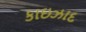
કાઇઝાદ